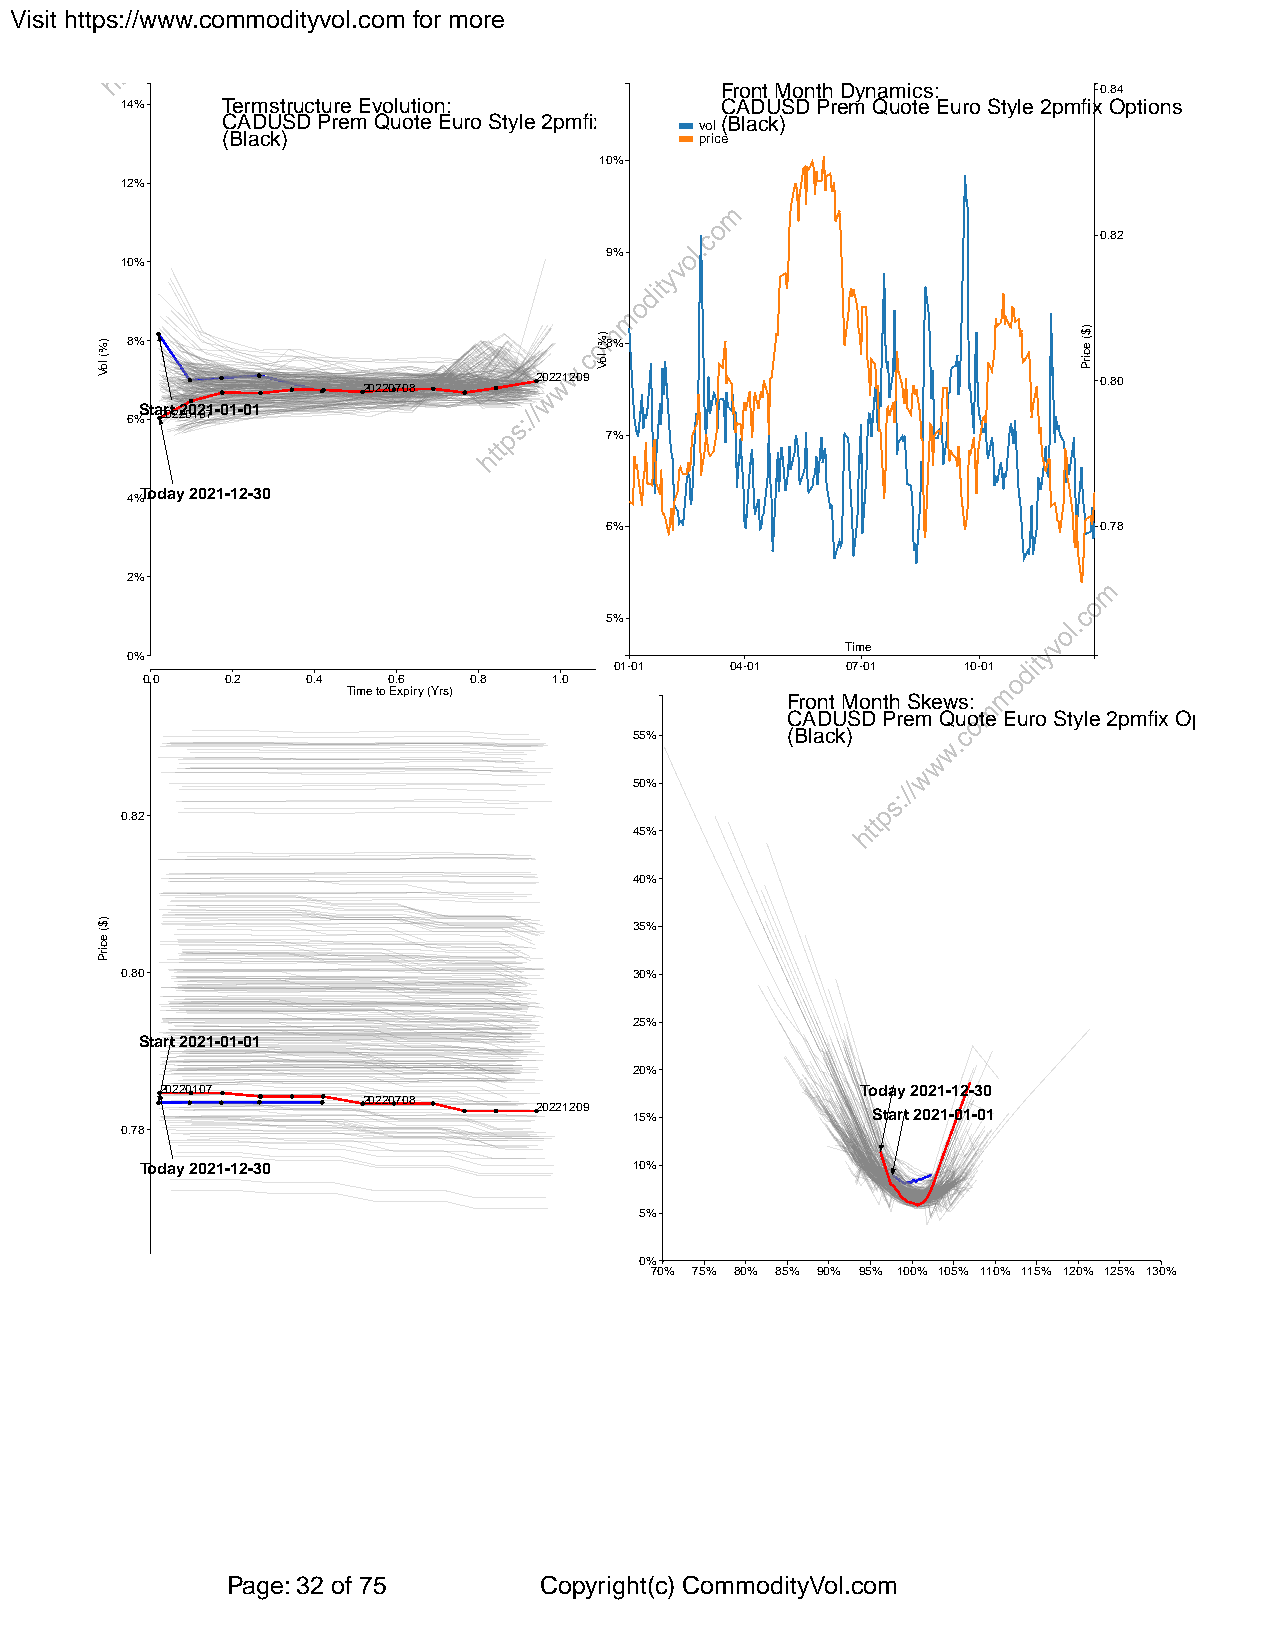
Visit https://www.commodityvol.com for more
 Front Month Dynamics:    0.84
 14%    Termstructure Evolution:         CADUSD Prem Quote Euro Style 2pmfix Options
 CADUSD Prem Quote Euro Style 2pmfix Options vol(Black)
 (Black)                        price
 10%
 12%
 0.82
 9%
 10%
 8%                              8%
 20221209                             0.80
 20220708
 6%Sta2r0t2 220012071-01-01
 7%
 4%Today 2021-12-30
 6%                               0.78
 2%
 5%
 Time
 0%
 01-01  04-01   07-01   10-01
 0.0   0.2  0.4   0.6  0.8   1.0
 Time to Expiry (Yrs)
 Front Month Skews:
 CADUSD Prem Quote Euro Style 2pmfix Options
 55%       (Black)
 50%
 0.82
 45%
 40%
 35%
 0.80                              30%
 25%
 Start 2021-01-01
 20%
 20220107                                      Today 2021-12-30
 20220708
 20221209 15%          Start 2021-01-01
 0.78
 Today 2021-12-30                 10%
 5%
 0%
 70% 75% 80% 85% 90% 95% 100% 105% 110% 115% 120% 125% 130%
 Page: 32 of 75       Copyright(c) CommodityVol.com
 )%(
 loV
 )$(
 ecirP
 )%(
 loV
 )$(
 ecirP